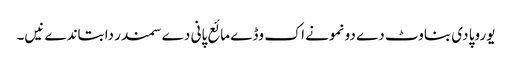
یوروپا دی بناوٹ دے دو نمونے اک وڈے مائع پانی دے سمندر دا بتاندے نیں۔